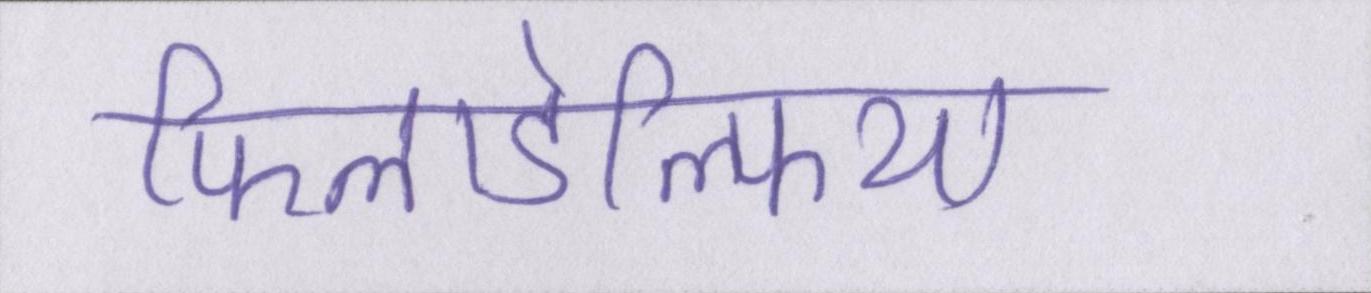
फिलाडेल्फिया